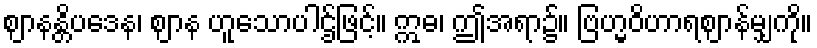
ဈာနန္တိပဒေန၊ ဈာန ဟူသောပါဌ်ဖြင့်။ ဣဓ၊ ဤအရာ၌။ ဗြဟ္မဝိဟာရဈာန်မျှကို။